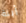
أبنة